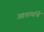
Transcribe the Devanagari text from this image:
आशयांचे